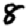
Digit: 8